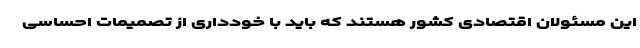
این مسئولان اقتصادی کشور هستند که باید با خودداری از تصمیمات احساسی